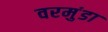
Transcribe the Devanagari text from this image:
वरमुंडा